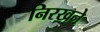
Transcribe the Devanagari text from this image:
निरखने